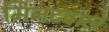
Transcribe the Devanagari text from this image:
मिनटवाले